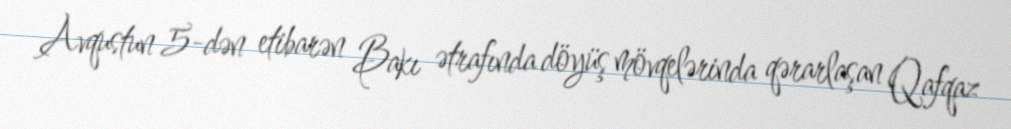
Avqustun 5-dən etibarən Bakı ətrafında döyüş mövqelərinda qərarlaşan Qafqaz